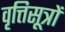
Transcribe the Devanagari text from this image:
वृत्तिसूत्रों